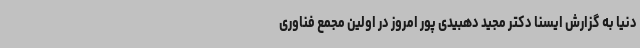
دنیا به گزارش ایسنا دکتر مجید دهبیدی پور امروز در اولین مجمع فناوری